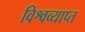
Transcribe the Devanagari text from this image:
विश्वव्याप्त